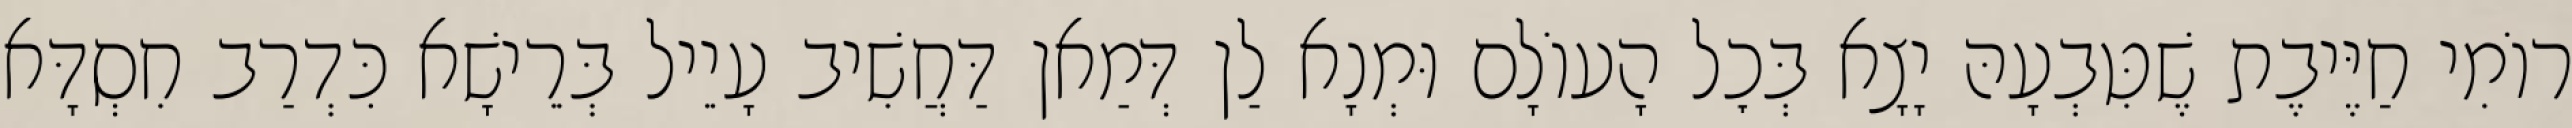
רוֹמִי חַיֶּיבֶת שֶׁטִּבְעָהּ יָצָא בְּכׇל הָעוֹלָם וּמְנָא לַן דְּמַאן דַּחֲשִׁיב עָיֵיל בְּרֵישָׁא כִּדְרַב חִסְדָּא